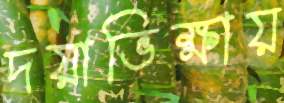
দয়াভিক্ষায়